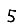
Digit: 5